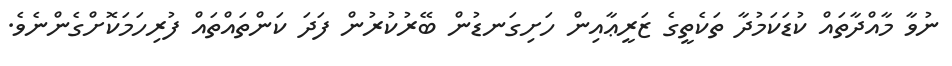
ނުވާ މާއްދާތައް ކުޑަކަމުދާ ތަކެތީގެ ޒަރީޢާއިން ހަށިގަނޑުން ބޭރުކުރުން ފަދަ ކަންތައްތައް ފުރިހަމަކޮށްގެންނެވެ.